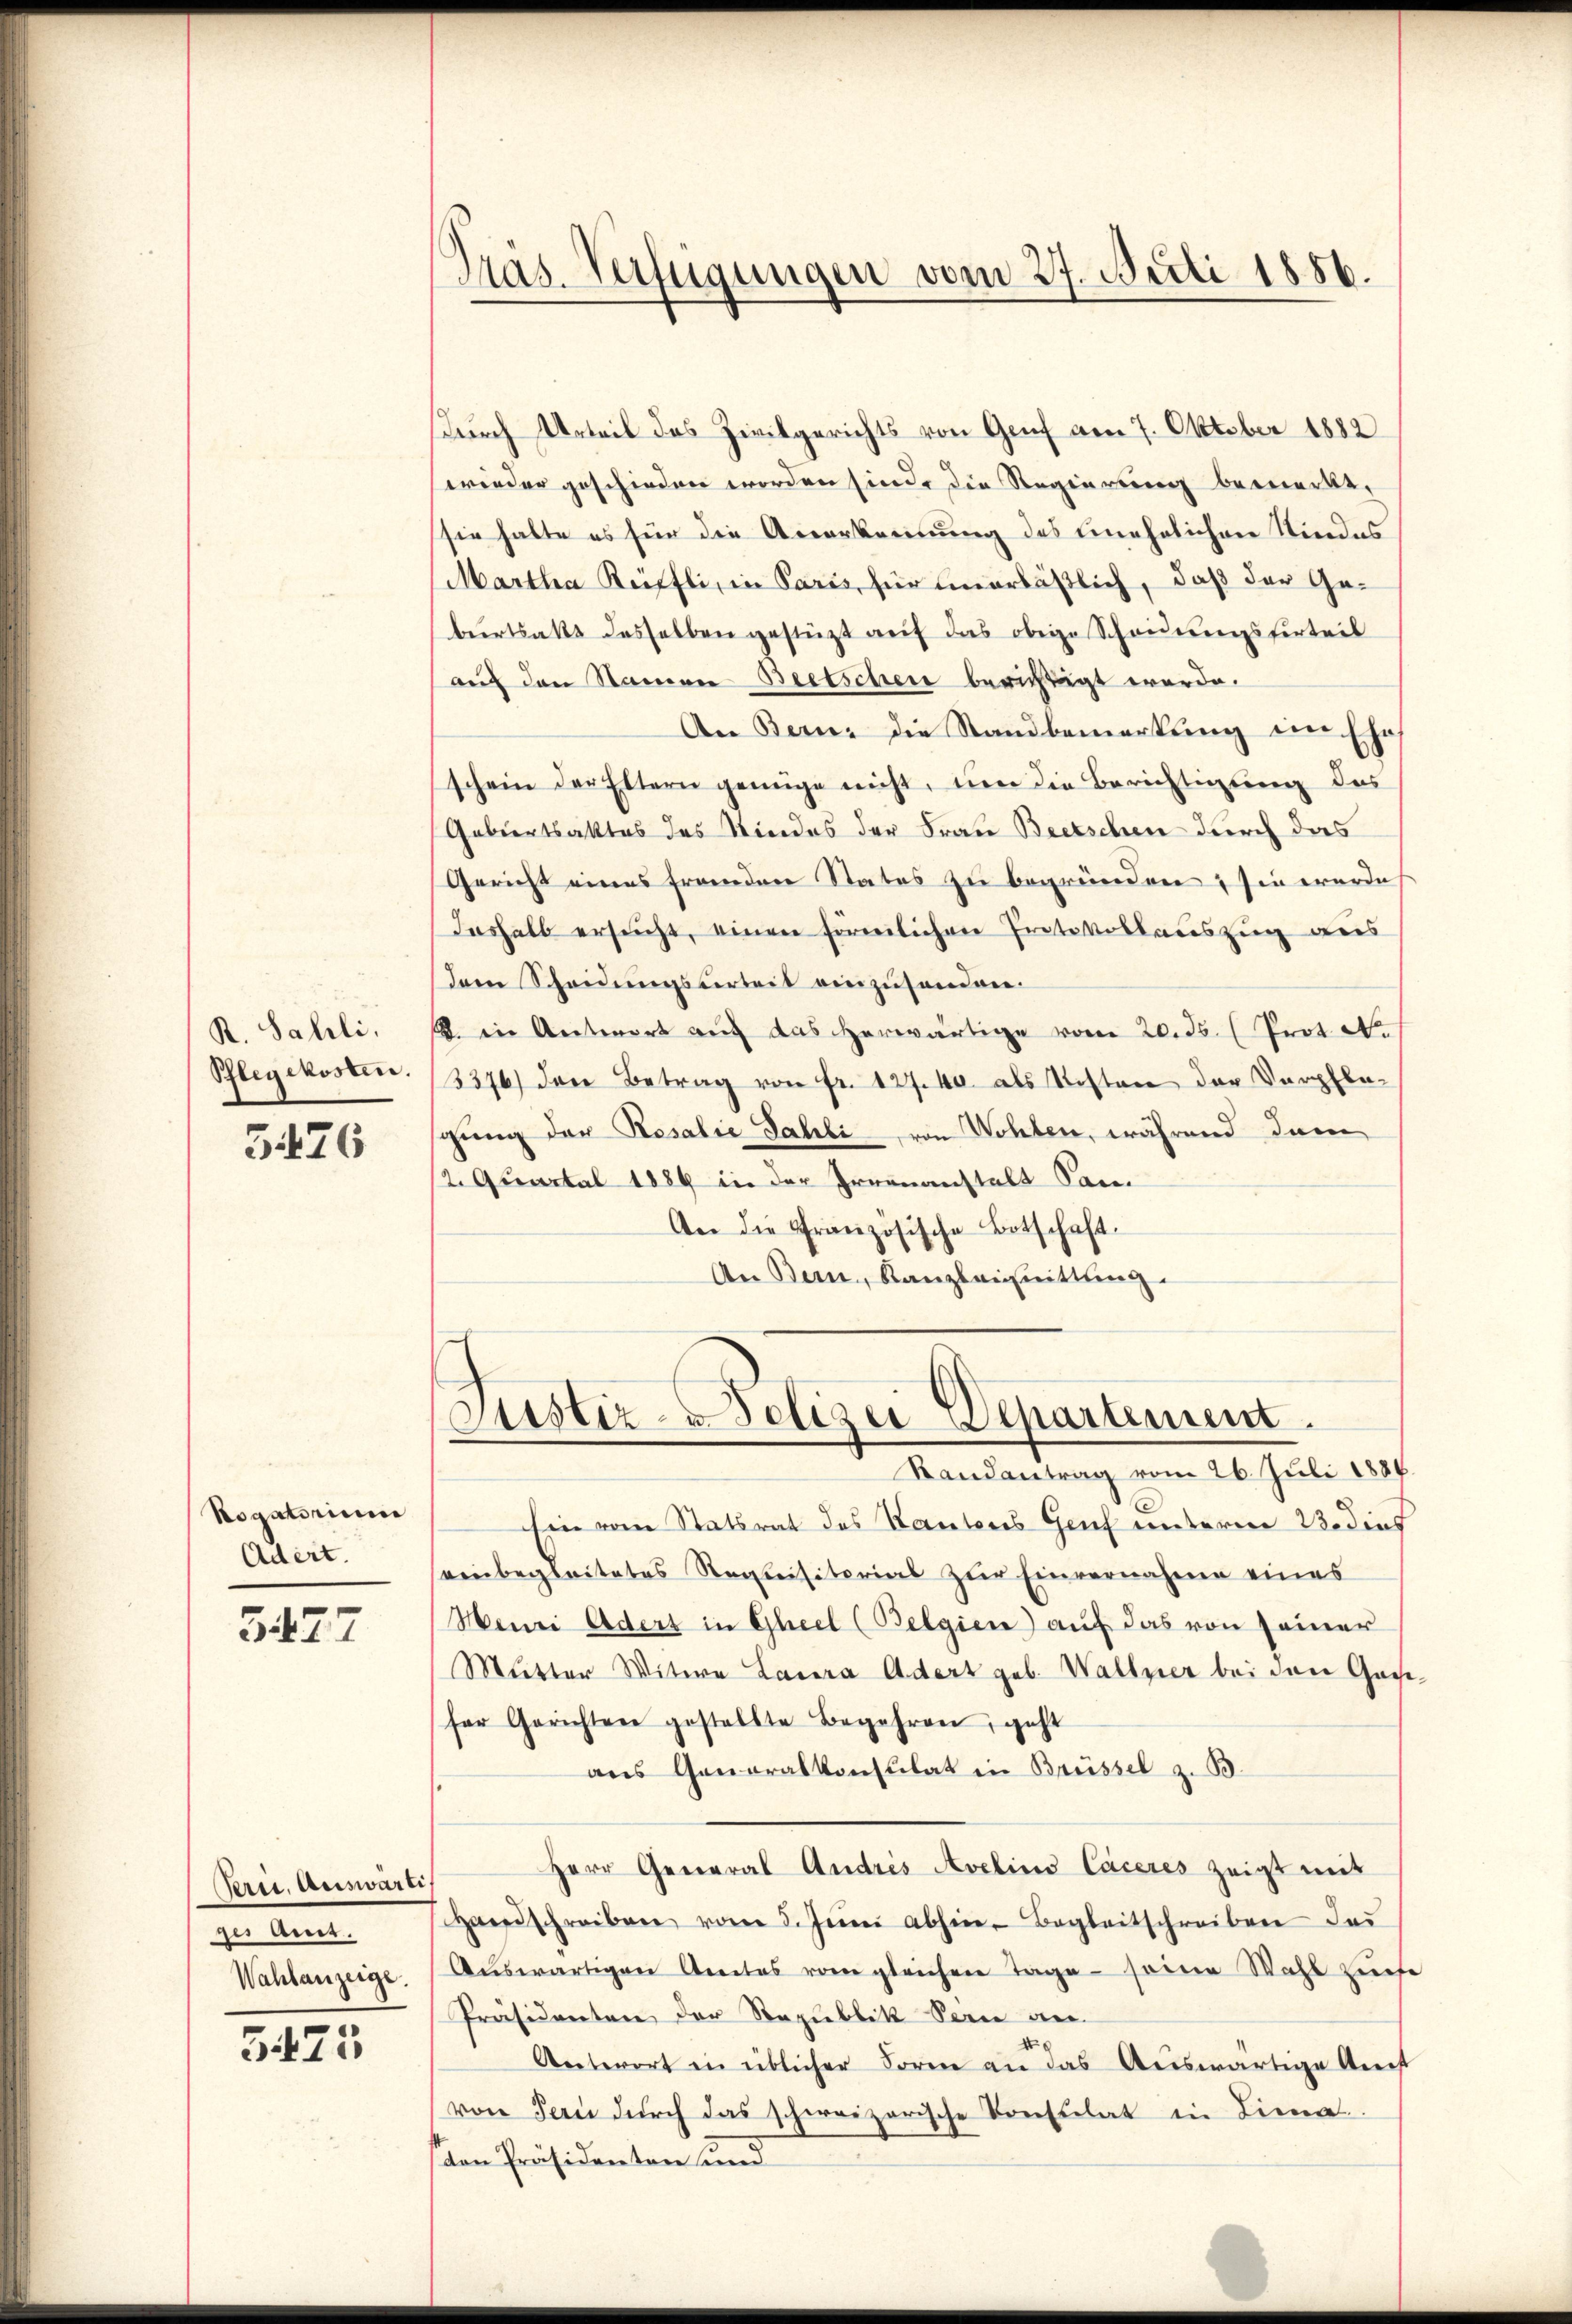
R. Sahli,
Phlegekosten.

5476

Rogatorium
Adert.

5427

Perii, Auswärti
ges Ant.
Wahlanzeige.

5475

Präs-Verfügungen vom 27. Juli 1886.

durch Urteil des Zivilgerichts von Genf am 7. Oktober 1882
wieder geschieden worden sind, die Regierung bemerkt,
sie halte es für die Anerkennung des unehelichen Kindes
Martha Rüffli, in Paris, für unerläßlich, daß der Geburtsakt desselben gestützt auf das obige Scheidungsferteil
auf den Namen Beetschen berichtigt werde.
An Bern: die Standbemerkung im Ehe
schein der Eltern genüge nicht, um die Berichtigung des
Gebiertsaktes des Kindes der Frau Beetschen durch das
Gericht eines franden States zu begründen sie werde
Ieshalb ersucht, einen förmlichen Protokollauszug aus
dem Scheidungsverheit einzusenden.
. in Antwort auf das herwärtige vom 20. ds. (Prot. A.
3376) den Betrag von fr. 127. 40. als Resten der Verpflegung der Rosalie Jahrli von Wohlen, während dann
2. Quartal 1889 in der Irrenanstalt San.
An die Französische Botschaft.
An Bern, Kanzleignittung

Justiz-Polizei Departement
Randantrag vom 26. Juli 1886.

Ein vom Statsrat des Kantons Genf unterm 23. dies
einbegleitetes Regleisitorias zur Einvernahme eines
Menri Aders in Gleel (Belgien) auf das von seiner
Mutter Witwe Laura Adert geb. Wallner bei den Gachfer Gerichten gestellte Begehren, geht
ans Generalkonsulat in Brüssel z. B.
Herr General Andris Avelins Caceres zeigt mit
Handschreiben vom 5. Jŭni abhin Begleitschreiben der
Aŭswärtigen Amtes vom gleichen Tage seine Wahl zŭse
Präsidenten der Republik Seine an
X
Antwort in üblicher Form an das Auswärtige Anst
von Bern dŭrch das schweizerische Konsulat in Lina
den Präsidenten und